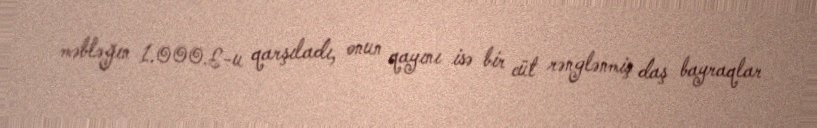
məbləğın 1.000£-u qarşıladı, onun qayını isə bir cüt rənglənmiş daş bayraqlar